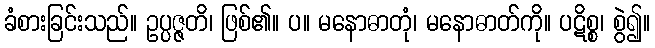
ခံစားခြင်းသည်။ ဥပ္ပဇ္ဇတိ၊ ဖြစ်၏။ ပ။ မနောဓာတုံ၊ မနောဓာတ်ကို။ ပဋိစ္စ၊ စွဲ၍။